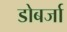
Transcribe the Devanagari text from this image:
डोबर्जा